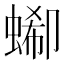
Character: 𧎙